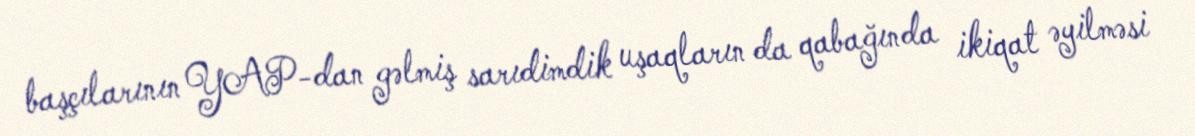
başçılarının YAP-dan gəlmiş sarıdimdik uşaqların da qabağında ikiqat əyilməsi